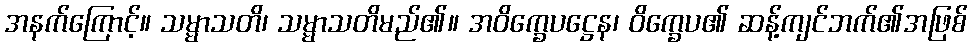
အနက်ကြောင့်။ သမ္မာသတိ၊ သမ္မာသတိမည်၏။ အဝိက္ခေပဋ္ဌေန၊ ဝိက္ခေပ၏ ဆန့်ကျင်ဘက်၏အဖြစ်